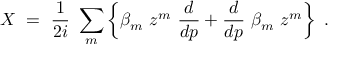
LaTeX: X \ = \ { \frac { 1 } { 2 i } } \ \sum _ { m } \left\{ \beta _ { m } \ z ^ { m } \ { \frac { d } { d p } } + { \frac { d } { d p } } \ \beta _ { m } \ z ^ { m } \right\} \ .